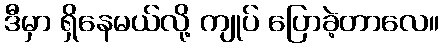
ဒီမှာ ရှိနေမယ်လို့ ကျုပ် ပြောခဲ့တာလေ။